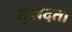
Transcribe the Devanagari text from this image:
सुखदता